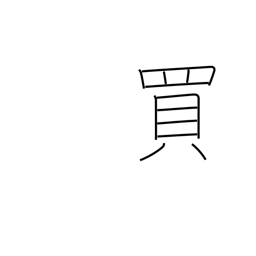
Meaning: buy